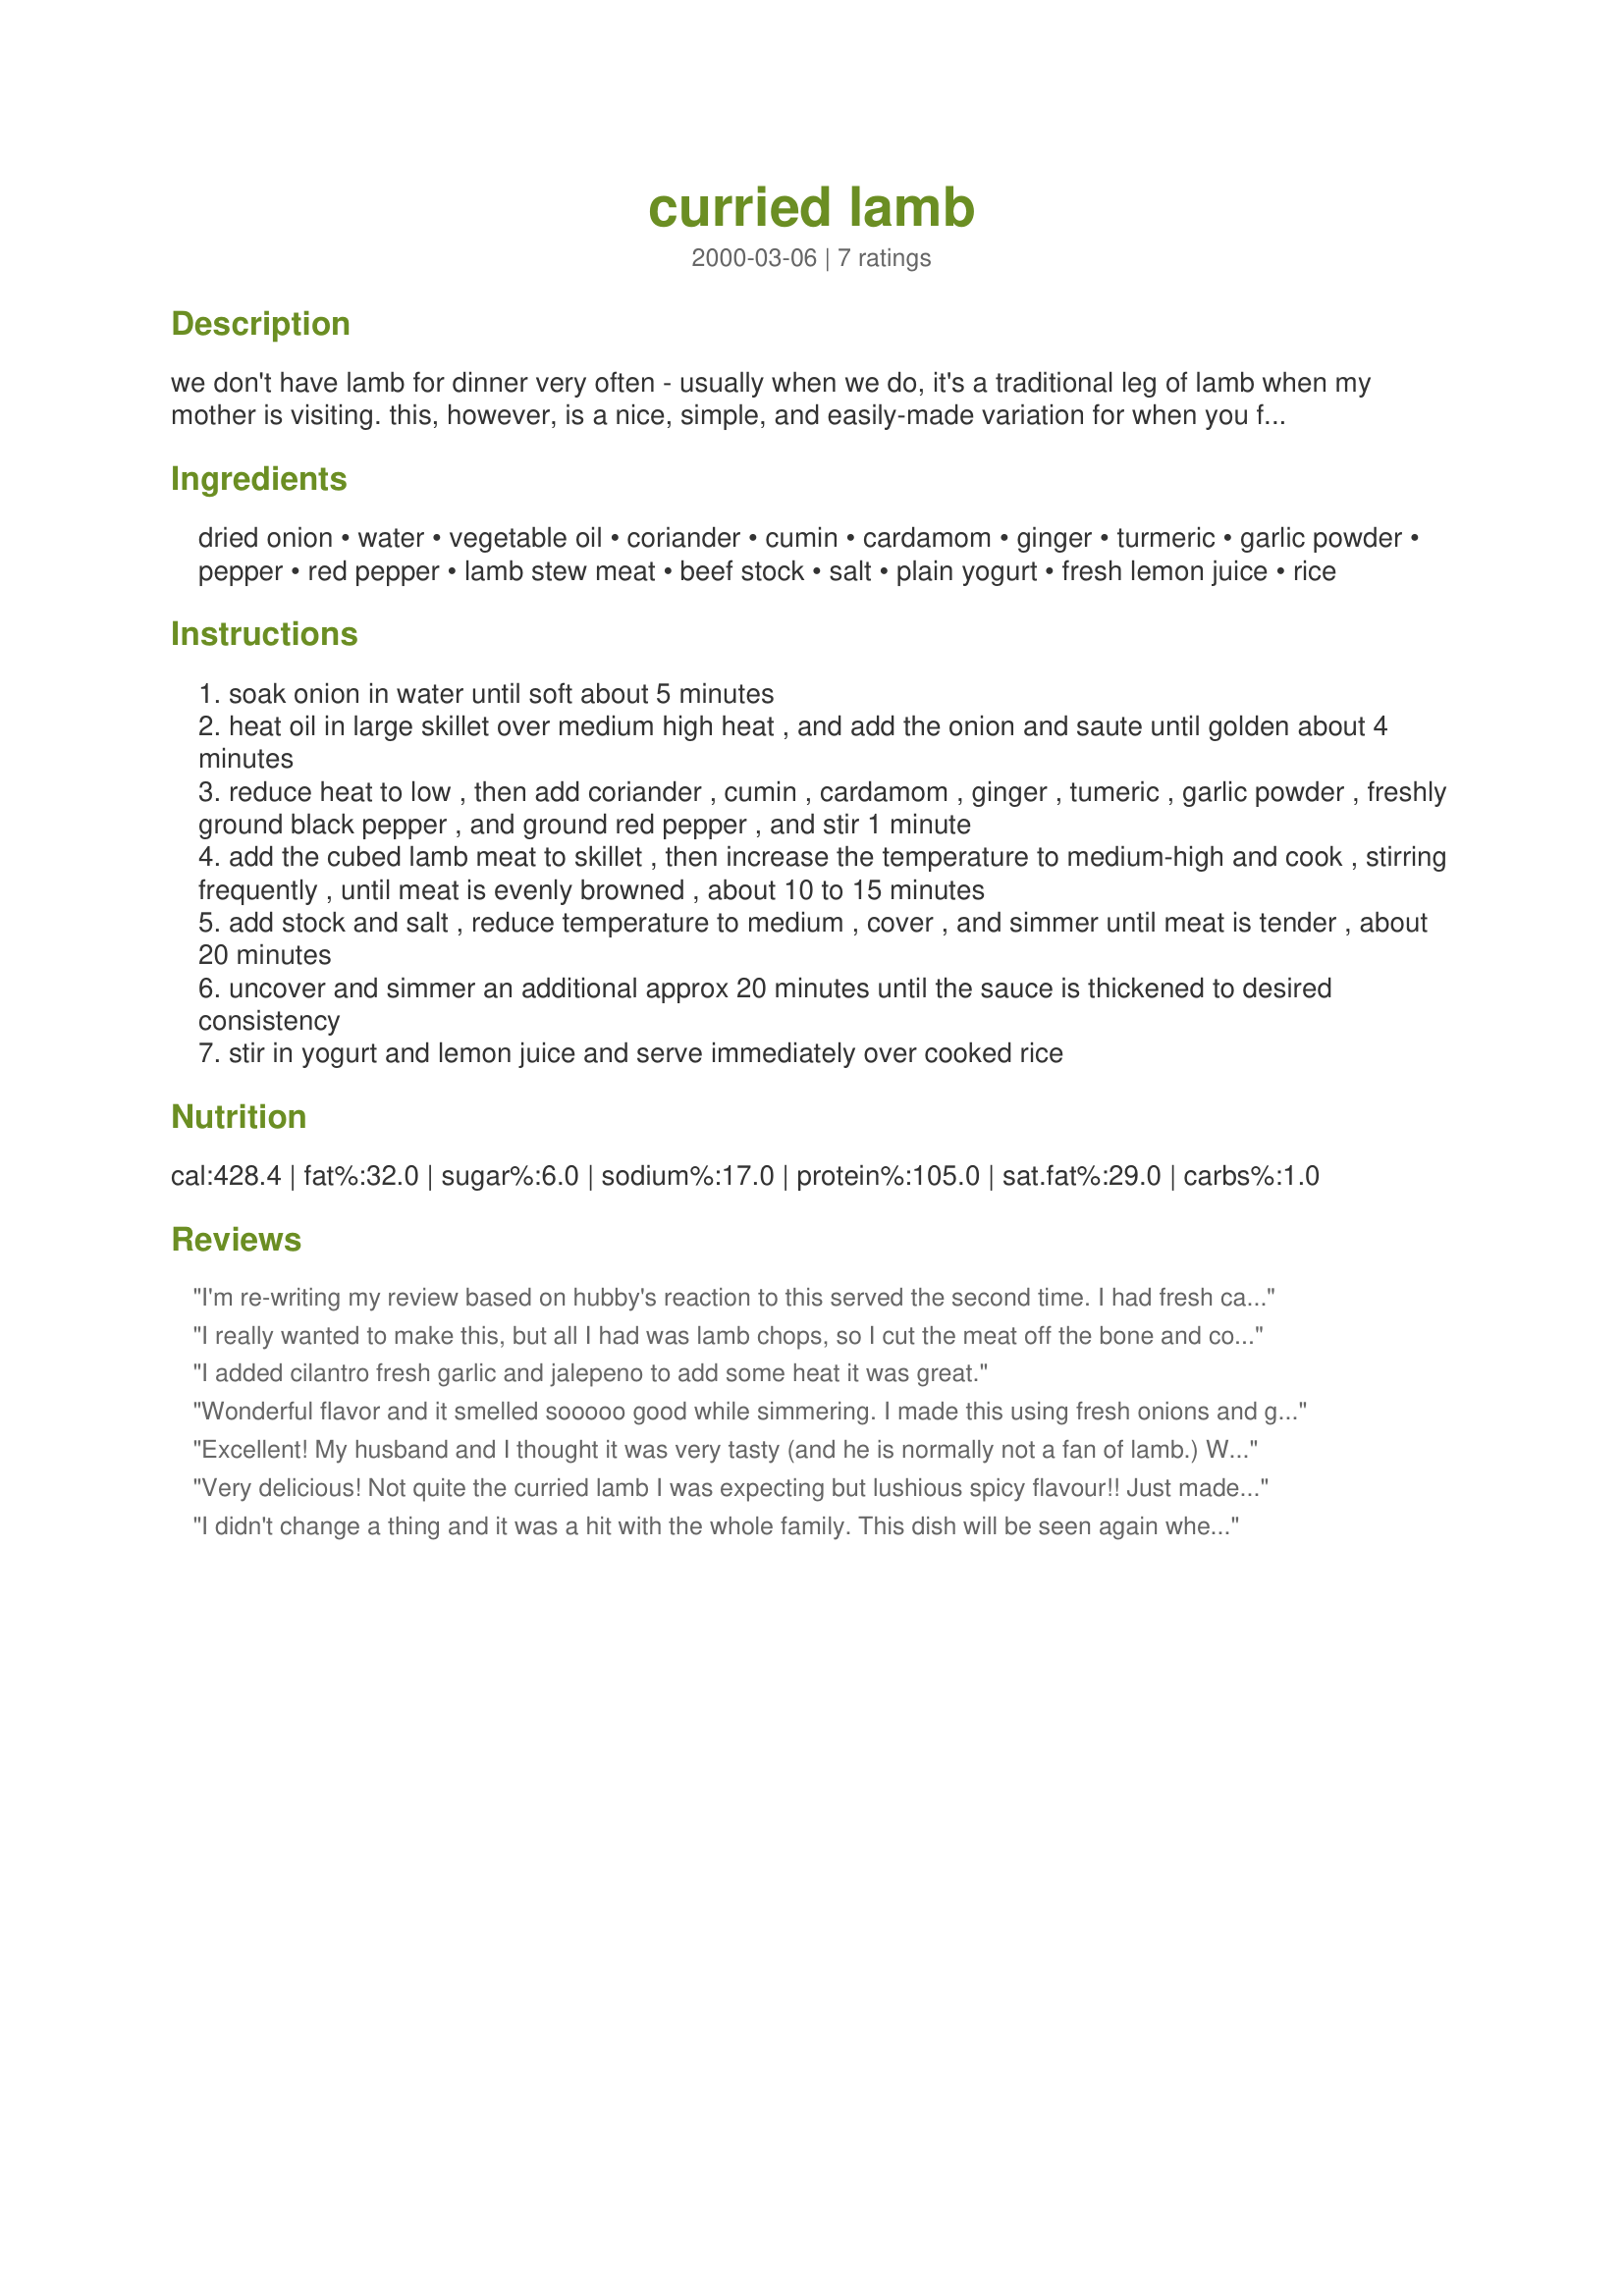
curried lamb
Preparation time: 0 minutes

we don't have lamb for dinner very often - usually when we do, it's a traditional leg of lamb when my mother is visiting. this, however, is a nice, simple, and easily-made variation for when you find less expensive cuts of lamb.

Ingredients:
dried onion, water, vegetable oil, coriander, cumin, cardamom, ginger, turmeric, garlic powder, pepper, red pepper, lamb stew meat, beef stock, salt, plain yogurt, fresh lemon juice, rice

Steps:
soak onion in water until soft about 5 minutes
heat oil in large skillet over medium high heat , and add the onion and saute until golden about 4 minutes
reduce heat to low , then add coriander , cumin , cardamom , ginger , tumeric , garlic powder , freshly ground black pepper , and ground red pepper , and stir 1 minute
add the cubed lamb meat to skillet , then increase the temperature to medium-high and cook , stirring frequently , until meat is evenly browned , about 10 to 15 minutes
add stock and salt , reduce temperature to medium , cover , and simmer until meat is tender , about 20 minutes
uncover and simmer an additional approx 20 minutes until the sauce is thickened to desired consistency
stir in yogurt and lemon juice and serve immediately over cooked rice

Reviews:
I'm re-writing my review based on hubby's reaction to this served the second time. I had fresh cardamom, and I think that altered the taste enough for him to dislike it. I followed the recipe except I left out the lemon juice because I remembered not caring for it the first go-round. I also altered the order of cooking things. I added the spices after browning the meat, because last time they really burned in the pan. This way, they still got &quot;bloomed&quot; but not burned. My recommendation is to reduce the amount of cardamom if you have fresh (it loses its' potency rather quickly.) I should have cut it at least in half. The first time I cooked it in the crock pot, this time on the stove. Either way is fine, but you MUST brown the meat to get the best flavor.
I really wanted to make this, but all I had was lamb chops, so I cut the meat off the bone and cooked it about half the time. I took the lamb out and boiled the sauce with some flour to get it nice and thick because we were serving it over Afghani bread. I was afraid to add more cayenne because I have never cooked anything like this, but I would say that doubling the cayenne is definitely in order.
I added cilantro fresh garlic and jalepeno to add some heat it was great.
Wonderful flavor and it smelled sooooo good while simmering. I made this using fresh onions and garlic, but made no other changes. I garnished with some chopped fresh cilantro. Delicious! Thanx for posting.
Excellent! My husband and I thought it was very tasty (and he is normally not a fan of lamb.) We have had it twice, once with rice and once with rotini pasta, and the sauce is perfect for the rotini. I used non-fat plain yogurt and it worked fine. Definitely a keeper!
Very delicious! Not quite the curried lamb I was expecting but lushious spicy flavour!! Just made half a recipe for the two of us and used about a pound of butterflied lamb leg. (Found when clearing out the freezer~a tiny bit freezer burned) Cut up. Also used fres onion and fresh garlic. Just had to cook the onions longer 'til nice and brown. Followed the rest of the recipe as posted. We were soo please with the sauce,mmmm was it good, rich and delicious! Loved the yogurt and the touch of lemon. The combination of spices was sooo flavourful! When DH say it in the pan with the sauce, he insisted we eat it over mash potatoes, it was perfect!! Will be making this one again, thanks for sharing!!
I didn't change a thing and it was a hit with the whole family. This dish will be seen again when we want something other than American food as this has somewhat of a Moroccan flair. Quite delicious!
